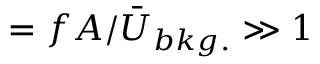
= f A / \Bar { U } _ { b k g . } \gg 1